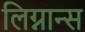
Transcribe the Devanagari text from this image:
लिग्नान्स